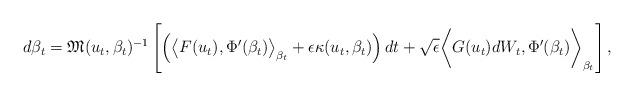
LaTeX: \begin{align*}d\beta_t = \mathfrak{M}(u_t,\beta_t)^{-1}\left [\left (\big\langle F(u_t),\Phi'(\beta_t) \big\rangle_{\beta_t}+\epsilon \kappa(u_t,\beta_t)\right )dt + \sqrt{\epsilon}\bigg\langle G(u_t)dW_t ,\Phi'(\beta_t) \bigg\rangle_{\beta_t}\right ],\end{align*}